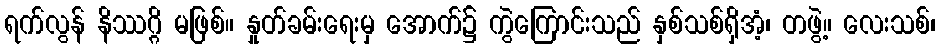
ရက်လွန် နိဿဂ္ဂိ မဖြစ်။ နှုတ်ခမ်းရေးမှ အောက်၌ ကွဲကြောင်းသည် နှစ်သစ်ရှိအံ့၊ တဖွဲ့။ လေးသစ်၊